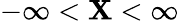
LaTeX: -\infty<\mathbf{X}<\infty